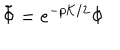
\tilde { \Phi } = e ^ { - p { \cal K } / 2 } \Phi